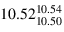
1 0 . 5 2 _ { 1 0 . 5 0 } ^ { 1 0 . 5 4 }